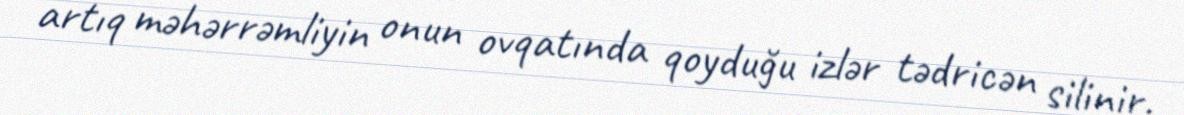
artıq məhərrəmliyin onun ovqatında qoyduğu izlər tədricən silinir.